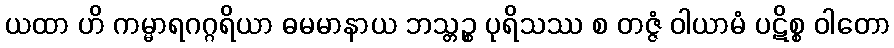
ယထာ ဟိ ကမ္မာရဂဂ္ဂရိယာ ဓမမာနာယ ဘသ္တဉ္စ ပုရိသဿ စ တဇ္ဇံ ဝါယာမံ ပဋိစ္စ ဝါတော